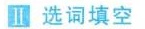
Ⅱ 选词填空